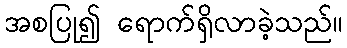
အစပြု၍ ရောက်ရှိလာခဲ့သည်။